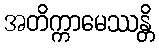
အတိက္ကာမေဿန္တိ